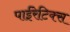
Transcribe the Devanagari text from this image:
पाईरेटिक्स